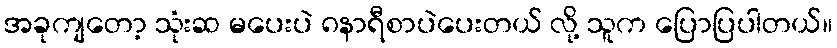
အခုကျတော့ သုံးဆ မပေးပဲ ၈နာရီစာပဲပေးတယ် လို့ သူက ပြောပြပါတယ်။